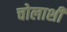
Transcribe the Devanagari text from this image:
चोलाशी